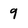
Character: 9